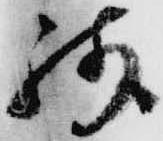
残